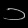
Digit: ၁